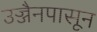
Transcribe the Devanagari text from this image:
उज्जैनपासून